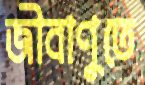
জীবাণুতে